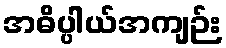
အဓိပ္ပါယ်အကျဉ်း